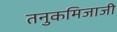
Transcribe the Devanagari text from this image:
तनुकमिजाजी